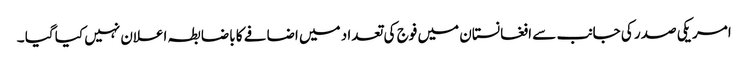
امریکی صدر کی جانب سے افغانستان میں فوج کی تعدا د میں اضافے کا باضابطہ اعلان نہیں کیا گیا ۔